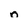
Character: n